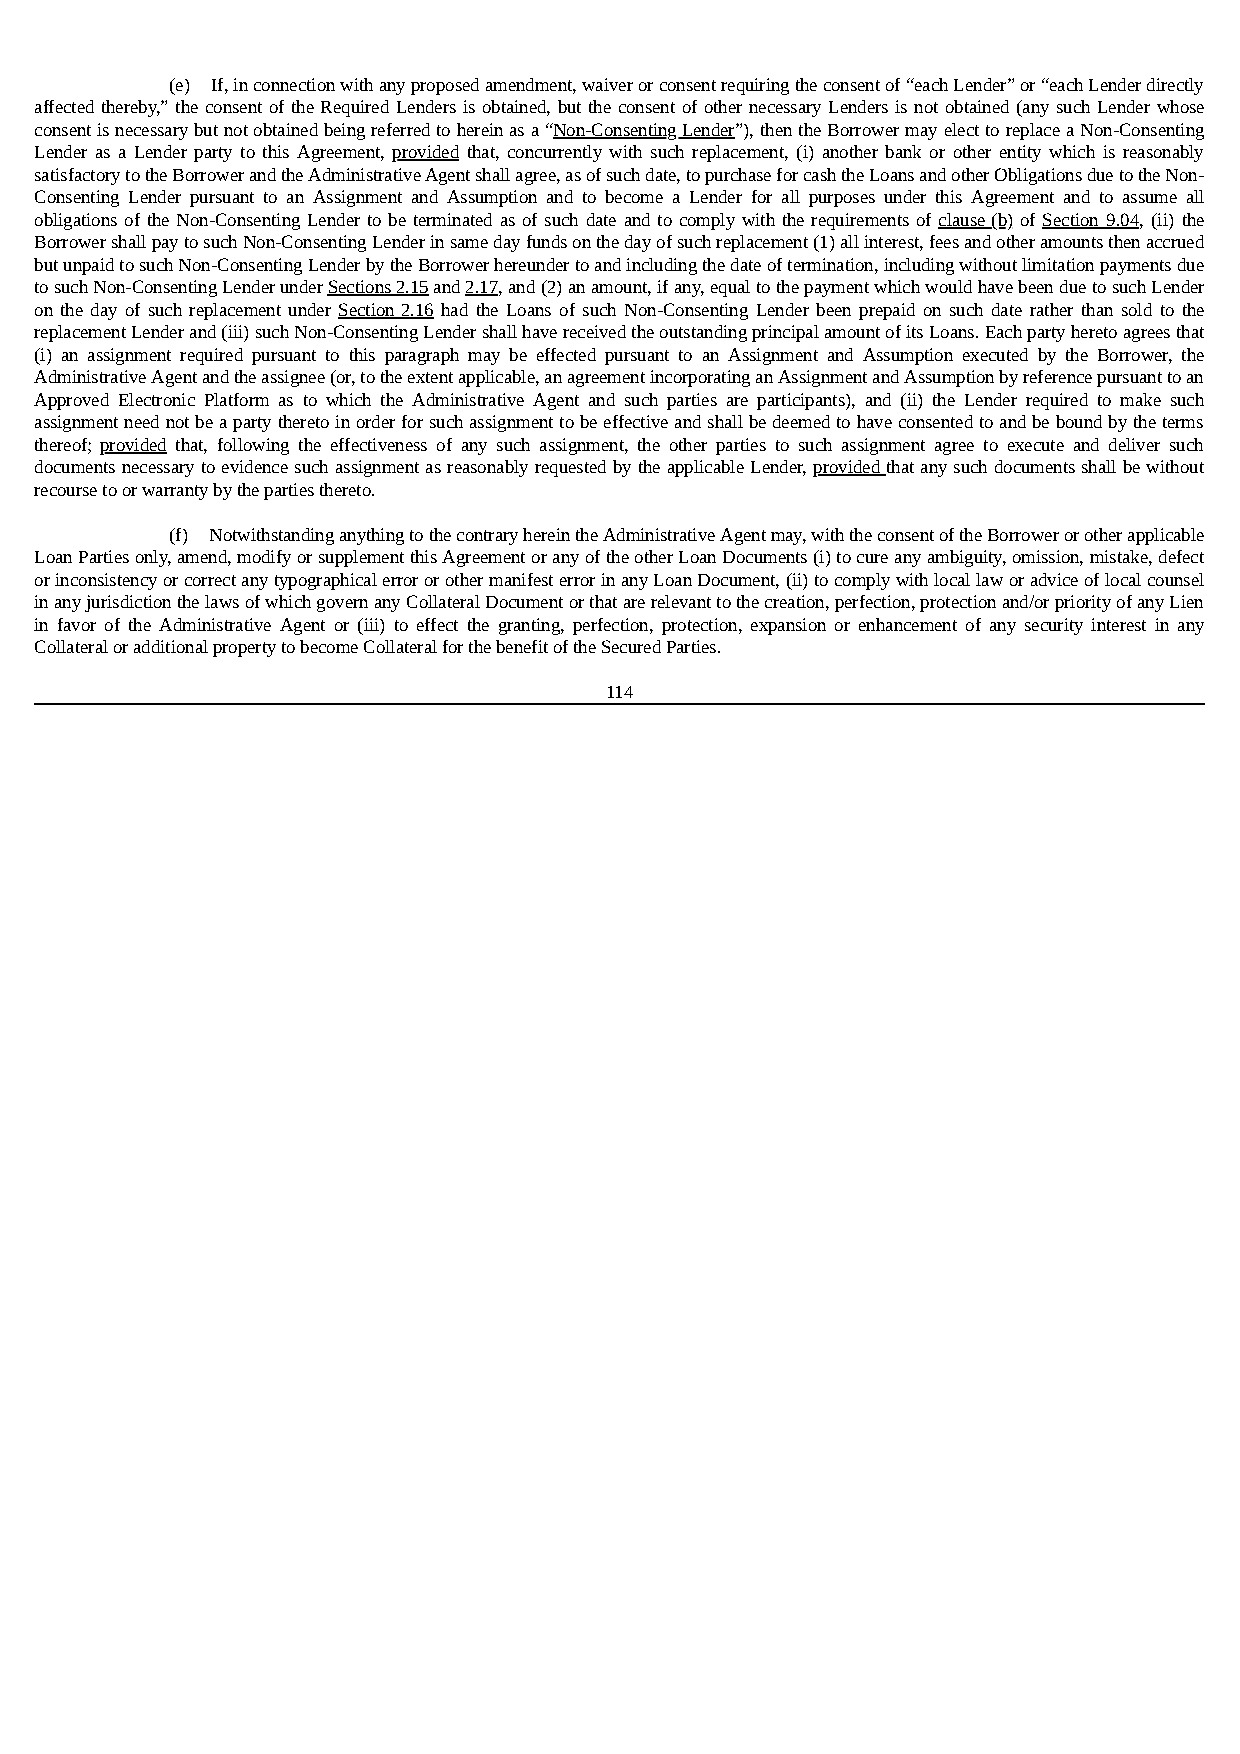
(e) If, in connection with any proposed amendment, waiver or consent requiring the consent of “each Lender” or “each Lender directly
 affected thereby,” the consent of the Required Lenders is obtained, but the consent of other necessary Lenders is not obtained (any such Lender whose
 consent is necessary but not obtained being referred to herein as a “Non-Consenting Lender”), then the Borrower may elect to replace a Non-Consenting
 Lender as a Lender party to this Agreement, provided that, concurrently with such replacement, (i) another bank or other entity which is reasonably
 satisfactory to the Borrower and the Administrative Agent shall agree, as of such date, to purchase for cash the Loans and other Obligations due to the Non-
 Consenting Lender pursuant to an Assignment and Assumption and to become a Lender for all purposes under this Agreement and to assume all
 obligations of the Non-Consenting Lender to be terminated as of such date and to comply with the requirements of clause (b) of Section 9.04, (ii) the
 Borrower shall pay to such Non-Consenting Lender in same day funds on the day of such replacement (1) all interest, fees and other amounts then accrued
 but unpaid to such Non-Consenting Lender by the Borrower hereunder to and including the date of termination, including without limitation payments due
 to such Non-Consenting Lender under Sections 2.15 and 2.17, and (2) an amount, if any, equal to the payment which would have been due to such Lender
 on the day of such replacement under Section 2.16 had the Loans of such Non-Consenting Lender been prepaid on such date rather than sold to the
 replacement Lender and (iii) such Non-Consenting Lender shall have received the outstanding principal amount of its Loans. Each party hereto agrees that
 (i) an assignment required pursuant to this paragraph may be effected pursuant to an Assignment and Assumption executed by the Borrower, the
 Administrative Agent and the assignee (or, to the extent applicable, an agreement incorporating an Assignment and Assumption by reference pursuant to an
 Approved Electronic Platform as to which the Administrative Agent and such parties are participants), and (ii) the Lender required to make such
 assignment need not be a party thereto in order for such assignment to be effective and shall be deemed to have consented to and be bound by the terms
 thereof; provided that, following the effectiveness of any such assignment, the other parties to such assignment agree to execute and deliver such
 documents necessary to evidence such assignment as reasonably requested by the applicable Lender, provided that any such documents shall be without
 recourse to or warranty by the parties thereto.
 (f) Notwithstanding anything to the contrary herein the Administrative Agent may, with the consent of the Borrower or other applicable
 Loan Parties only, amend, modify or supplement this Agreement or any of the other Loan Documents (i) to cure any ambiguity, omission, mistake, defect
 or inconsistency or correct any typographical error or other manifest error in any Loan Document, (ii) to comply with local law or advice of local counsel
 in any jurisdiction the laws of which govern any Collateral Document or that are relevant to the creation, perfection, protection and/or priority of any Lien
 in favor of the Administrative Agent or (iii) to effect the granting, perfection, protection, expansion or enhancement of any security interest in any
 Collateral or additional property to become Collateral for the benefit of the Secured Parties.
 114